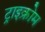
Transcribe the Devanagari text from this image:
ट्राइक्रोम